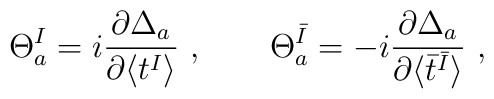
\Theta_a^I=i\frac{\partial\Delta_a}{\partial\langle t^I\rangle}~,~~~~~~\Theta_a^{\bar{I}}=-i\frac{\partial\Delta_a}{\partial\langle \bar{t}^{\bar{I}}\rangle}~,